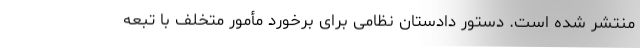
منتشر شده است. دستور دادستان نظامی برای برخورد مأمور متخلف با تبعه